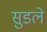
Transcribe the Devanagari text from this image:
सुडले